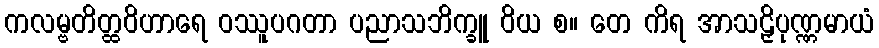
ကလမ္ဗတိတ္ထဝိဟာရေ ဝဿူပဂတာ ပညာသဘိက္ခူ ဝိယ စ။ တေ ကိရ အာသဠှိပုဏ္ဏမာယံ